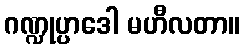
ဂဏ္ဍုပ္ပာဒေါ မဟီလတာ။